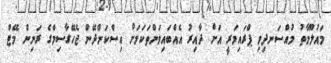
މައުލޫމާތު މުއްސަނދިވި ޕްރައިމަރީ އަށް ދާއިރު އެއްބައިވަންތަކަމަށް އިސްކަންދޭން ޖެހޭގާސިމްގެ ރަނިން މޭޓް